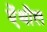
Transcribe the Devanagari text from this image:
ऐंथील